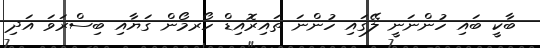
ބާކީ ބައި ހުންނަނީ ލޭގައި ހުންނަ ތައިރޮއިޑް ހޯރމޯން ގަޔާއި ބިސްރަވަ އަދި